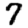
Digit: 7